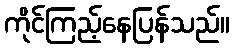
ကိုင်ကြည့်နေပြန်သည်။